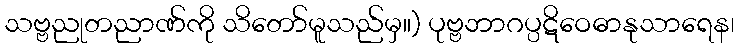
သဗ္ဗညုတညာဏ်ကို သိတော်မူသည်မှ။) ပုဗ္ဗဘာဂပ္ပဋိဝေဓာနုသာရေန၊